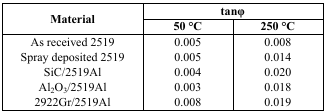
| <ROWSPAN=2> Material | <COLSPAN=2> tanφ |
 | 50 °C | 250 °C |
 | --- | --- | --- |
 | As received 2519 | 0.005 | 0.008 |
 | Spray deposited 2519 | 0.005 | 0.014 |
 | SiC/2519Al | 0.004 | 0.020 |
 | Al2O3/2519Al | 0.003 | 0.018 |
 | 2922Gr/2519Al | 0.008 | 0.019 |